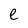
Character: e